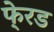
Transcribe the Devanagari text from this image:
फे्रड